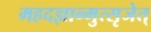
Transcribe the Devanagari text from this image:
महदज्ञान्मुत्सृजेत्